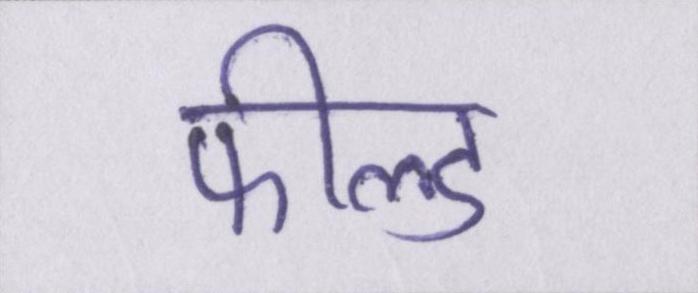
फील्ड